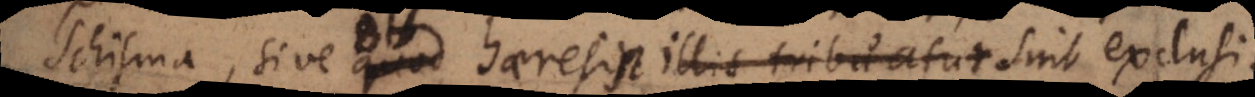
isma, sive quod haeresis illis tribuatur, sive